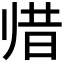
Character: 𱍳